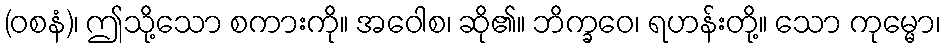
(ဝစနံ)၊ ဤသို့သော စကားကို။ အဝေါစ၊ ဆို၏။ ဘိက္ခဝေ၊ ရဟန်းတို့။ သော ကုမ္မော၊